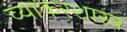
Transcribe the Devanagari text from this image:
व्याकरशास्त्र